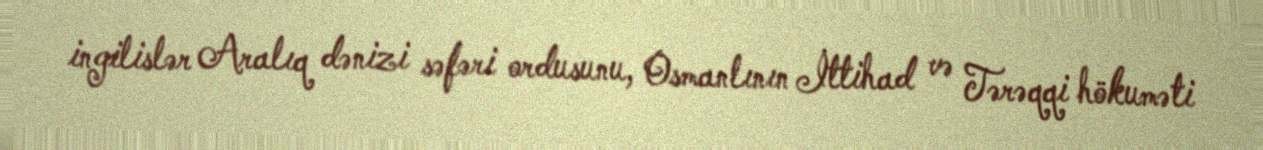
ingilislər Aralıq dənizi səfəri ordusunu, Osmanlının İttihad və Tərəqqi hökuməti